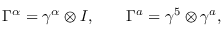
\Gamma ^ { \alpha } = \gamma ^ { \alpha } \otimes I , \ \ \ \ \ \ \Gamma ^ { a } = \gamma ^ { 5 } \otimes \gamma ^ { a } ,